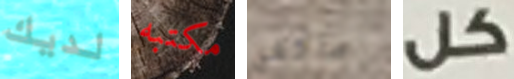
لديك مكتبه ماكغي كل